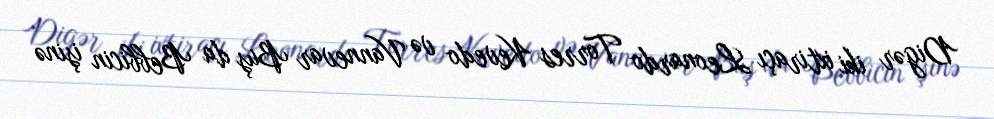
Digər iki ixtiraçı Leonardo Torres Kevedo və Vannevar Buş da Bebbicin işinə